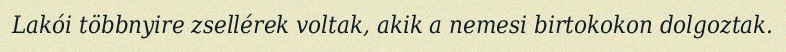
Lakói többnyire zsellérek voltak, akik a nemesi birtokokon dolgoztak.